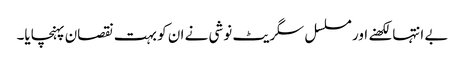
بے انتہا لکھنے اور مسلسل سگریٹ نوشی نے ان کو بہت نقصان پہنچایا۔